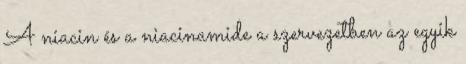
A niacin és a niacinamide a szervezetben az egyik